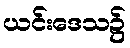
ယင်းဒေသ၌